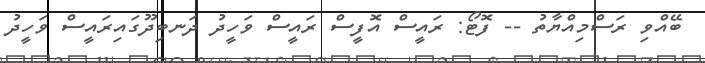
ބޭއްވި ރަސްމިއްޔާތު -- ފޮޓޯ: ރައީސް އޮފީސް ރައީސް ވަހީދު ދަނބިދޫގައިރައީސް ވަހީދު